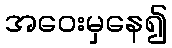
အဝေးမှနေ၍